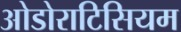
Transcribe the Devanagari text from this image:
ओडोराटिसियम